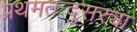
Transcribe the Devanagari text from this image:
प्रथमतःदुसऱ्या